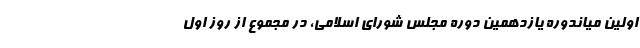
اولین میاندوره یازدهمین دوره مجلس شورای اسلامی، در مجموع از روز اول